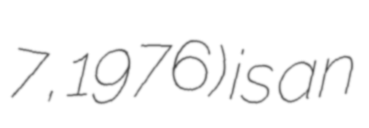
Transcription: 7, 1976) is an